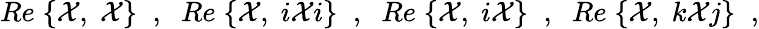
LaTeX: Re\; \{ {\cal X},\; {\cal X}\} \; \; ,\; \; Re\; \{ {\cal X},\; i{\cal X}i\} \; \; ,\; \; Re\; \{ {\cal X},\; i{\cal X}\} \; \; ,\; \; Re\; \{ {\cal X},\; k{\cal X}j\} \; \; ,